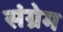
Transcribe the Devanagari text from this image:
संग्रेम